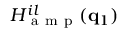
H _ { \mathrm { ~ a ~ m ~ p ~ } } ^ { i l } ( \mathbf { q } _ { 1 } )